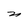
Character: n